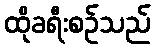
ထိုခရီးစဉ်သည်